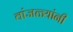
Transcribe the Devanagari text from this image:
वांजळ्यांनी